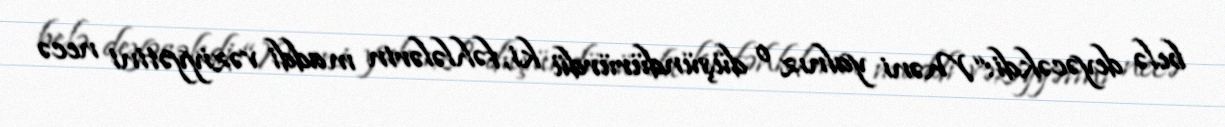
belə deyəcəkdi:“Məni yalnız o düşündürürdü ki, fəhlələrin maddi vəziyyətini necə